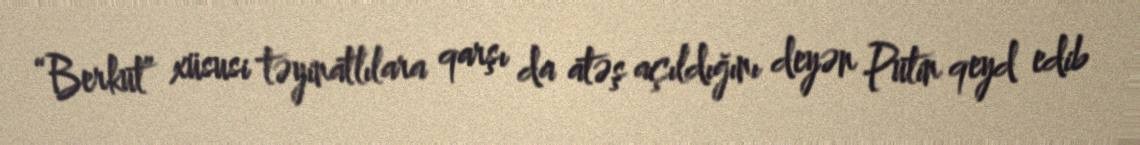
“Berkut” xüsusi təyinatlılara qarşı da atəş açıldığını deyən Putin qeyd edib